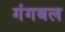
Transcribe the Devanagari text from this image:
गंगबल